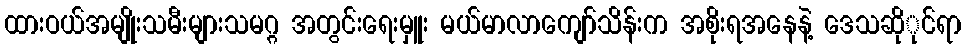
ထားဝယ်အမျိုးသမီးများသမဂ္ဂ အတွင်းရေးမှူး မယ်မာလာကျော်သိန်းက အစိုးရအနေနဲ့ ဒေသဆိုုင်ရာ